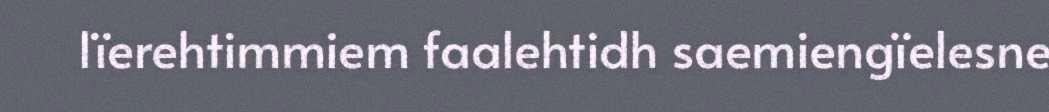
lïerehtimmiem faalehtidh saemiengïelesne